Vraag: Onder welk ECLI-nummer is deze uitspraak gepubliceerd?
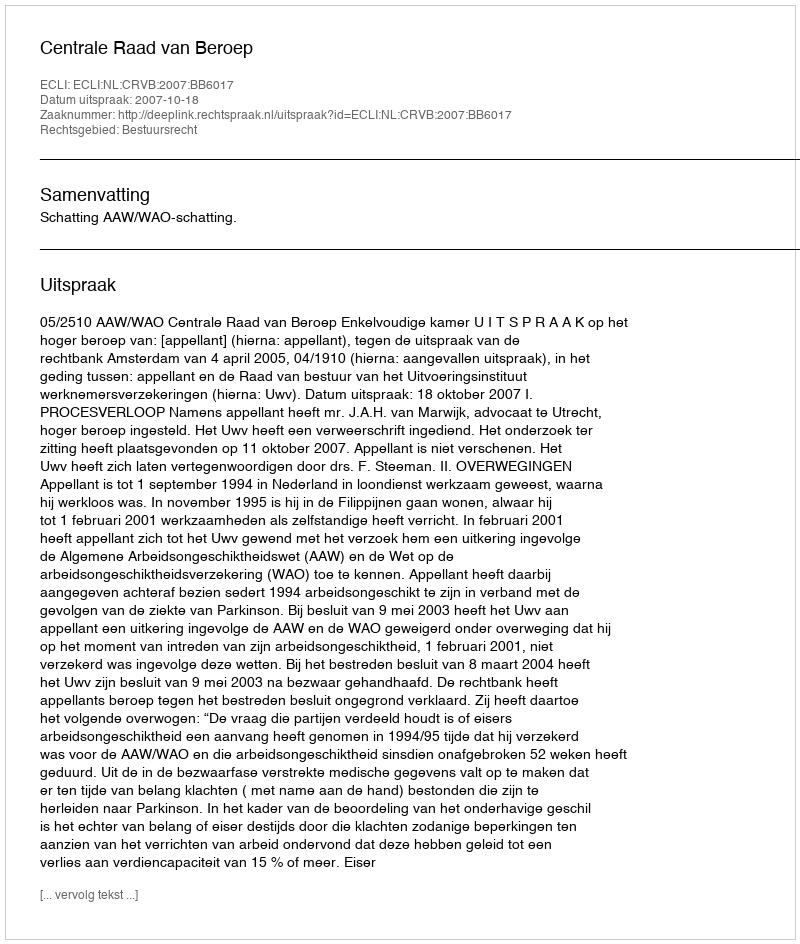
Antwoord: ECLI:NL:CRVB:2007:BB6017